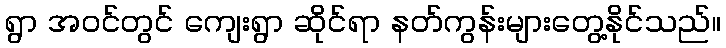
ရွာ အဝင်တွင် ကျေးရွာ ဆိုင်ရာ နတ်ကွန်းများတွေ့နိုင်သည်။